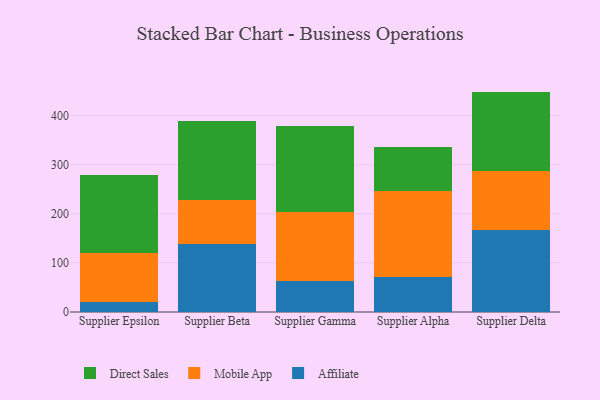
{"axis": {"x": "Supplier", "y": "Tickets Resolved"}, "legend": ["Affiliate", "Direct Sales", "Mobile App"], "data": [{"x": "Supplier Epsilon", "y": 21.2, "type": "Affiliate"}, {"x": "Supplier Epsilon", "y": 98.9, "type": "Mobile App"}, {"x": "Supplier Epsilon", "y": 159.3, "type": "Direct Sales"}, {"x": "Supplier Beta", "y": 139.1, "type": "Affiliate"}, {"x": "Supplier Beta", "y": 89.6, "type": "Mobile App"}, {"x": "Supplier Beta", "y": 160.2, "type": "Direct Sales"}, {"x": "Supplier Gamma", "y": 63.3, "type": "Affiliate"}, {"x": "Supplier Gamma", "y": 140.0, "type": "Mobile App"}, {"x": "Supplier Gamma", "y": 175.0, "type": "Direct Sales"}, {"x": "Supplier Alpha", "y": 71.0, "type": "Affiliate"}, {"x": "Supplier Alpha", "y": 174.5, "type": "Mobile App"}, {"x": "Supplier Alpha", "y": 89.5, "type": "Direct Sales"}, {"x": "Supplier Delta", "y": 166.5, "type": "Affiliate"}, {"x": "Supplier Delta", "y": 120.2, "type": "Mobile App"}, {"x": "Supplier Delta", "y": 162.1, "type": "Direct Sales"}]}